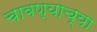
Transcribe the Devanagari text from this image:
चावण्याच्या